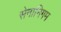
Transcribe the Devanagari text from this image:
सेनानिगम